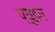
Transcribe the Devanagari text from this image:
प्युइग